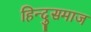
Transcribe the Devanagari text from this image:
हिन्दुसमाज